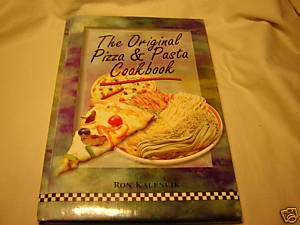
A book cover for The Original Pizza & PAsta Cookbook; Ron Kalenuik; Cookbooks, Food & Wine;